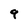
Character: 9